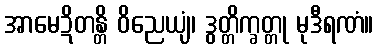
အာမေဍိတန္တိ ဝိညေယျံ၊ ဒွတ္တိက္ခတ္တု မုဒီရဏံ။